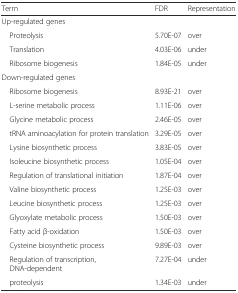
| Term | FDR | Representation |
 | --- | --- | --- |
 | Up-regulated genes |  |  |
 | Proteolysis | 5.70E-07 | over |
 | Translation | 4.03E-06 | under |
 | Ribosome biogenesis | 1.84E-05 | under |
 | Down-regulated genes |  |  |
 | Ribosome biogenesis | 8.93E-21 | over |
 | L-serine metabolic process | 1.11E-06 | over |
 | Glycine metabolic process | 2.46E-05 | over |
 | tRNA aminoacylation for protein translation | 3.29E-05 | over |
 | Lysine biosynthetic process | 3.83E-05 | over |
 | Isoleucine biosynthetic process | 1.05E-04 | over |
 | Regulation of translational initiation | 1.87E-04 | over |
 | Valine biosynthetic process | 1.25E-03 | over |
 | Leucine biosynthetic process | 1.25E-03 | over |
 | Glyoxylate metabolic process | 1.50E-03 | over |
 | Fatty acid β-oxidation | 1.50E-03 | over |
 | Cysteine biosynthetic process | 9.89E-03 | over |
 | Regulation of transcription, DNA-dependent | 7.27E-04 | under |
 | proteolysis | 1.34E-03 | under |